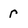
Character: r